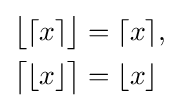
{\begin{aligned}{\big \lfloor }\lceil x\rceil {\big \rfloor }&=\lceil x\rceil ,\\{\big \lceil }\lfloor x\rfloor {\big \rceil }&=\lfloor x\rfloor \end{aligned}}